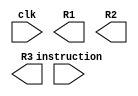
module Processor (
    input [31:0] instruction,
    input clk,
    output [7:0] R1, R2, R3
  );
endmodule